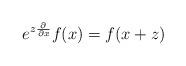
LaTeX: \begin{align*}e^{z\frac{\partial}{\partial x}} f(x) = f(x+z)\end{align*}